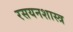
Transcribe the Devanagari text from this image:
रसयनशास्त्र